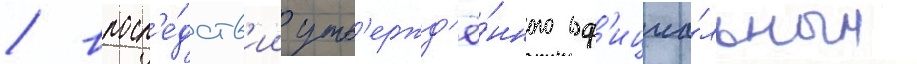
/ впосл'е́дств'ии утв'ержд'ё́нного оф'ициа́льным